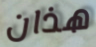
هذان